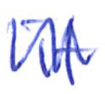
Text: it
Cross-out: mix
Writing tool: ballpoint